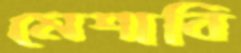
মেশাবি